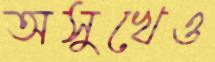
অসুখেও